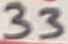
Text: 33